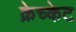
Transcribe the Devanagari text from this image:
क्रेच्केट